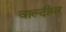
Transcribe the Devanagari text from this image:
वाल्दीमर